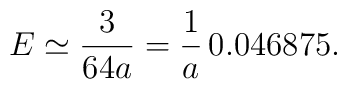
E\simeq\frac{3}{64a}=\frac{1}{a}\,0.046875.